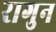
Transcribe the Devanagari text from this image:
रागुन